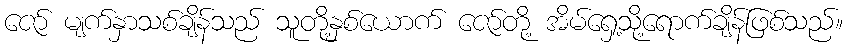
ဇော် မျက်နှာသစ်ချိန်သည် သူတို့နှစ်ယောက် ဇော်တို့ အိမ်ရှေ့သို့ရောက်ချိန်ဖြစ်သည်။